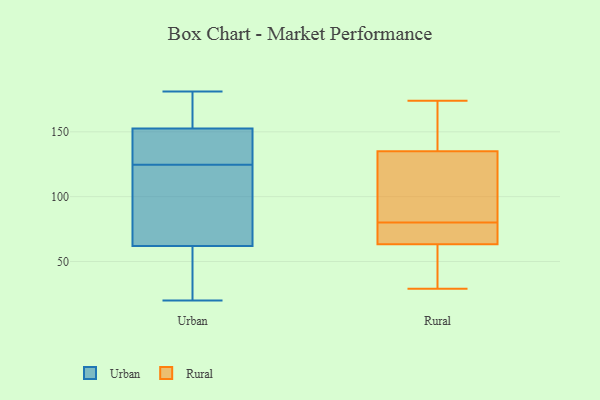
{"axis": {"x": "Tickets Resolved", "y": "Value"}, "legend": ["Rural", "Urban"], "data": [{"x": "", "y": 128, "type": "Urban"}, {"x": "", "y": 20, "type": "Urban"}, {"x": "", "y": 41, "type": "Urban"}, {"x": "", "y": 161, "type": "Urban"}, {"x": "", "y": 121, "type": "Urban"}, {"x": "", "y": 107, "type": "Urban"}, {"x": "", "y": 128, "type": "Urban"}, {"x": "", "y": 181, "type": "Urban"}, {"x": "", "y": 60, "type": "Urban"}, {"x": "", "y": 142, "type": "Urban"}, {"x": "", "y": 151, "type": "Urban"}, {"x": "", "y": 64, "type": "Urban"}, {"x": "", "y": 164, "type": "Urban"}, {"x": "", "y": 154, "type": "Urban"}, {"x": "", "y": 73, "type": "Urban"}, {"x": "", "y": 44, "type": "Urban"}, {"x": "", "y": 64, "type": "Rural"}, {"x": "", "y": 29, "type": "Rural"}, {"x": "", "y": 123, "type": "Rural"}, {"x": "", "y": 63, "type": "Rural"}, {"x": "", "y": 80, "type": "Rural"}, {"x": "", "y": 139, "type": "Rural"}, {"x": "", "y": 57, "type": "Rural"}, {"x": "", "y": 174, "type": "Rural"}, {"x": "", "y": 121, "type": "Rural"}, {"x": "", "y": 139, "type": "Rural"}, {"x": "", "y": 65, "type": "Rural"}]}